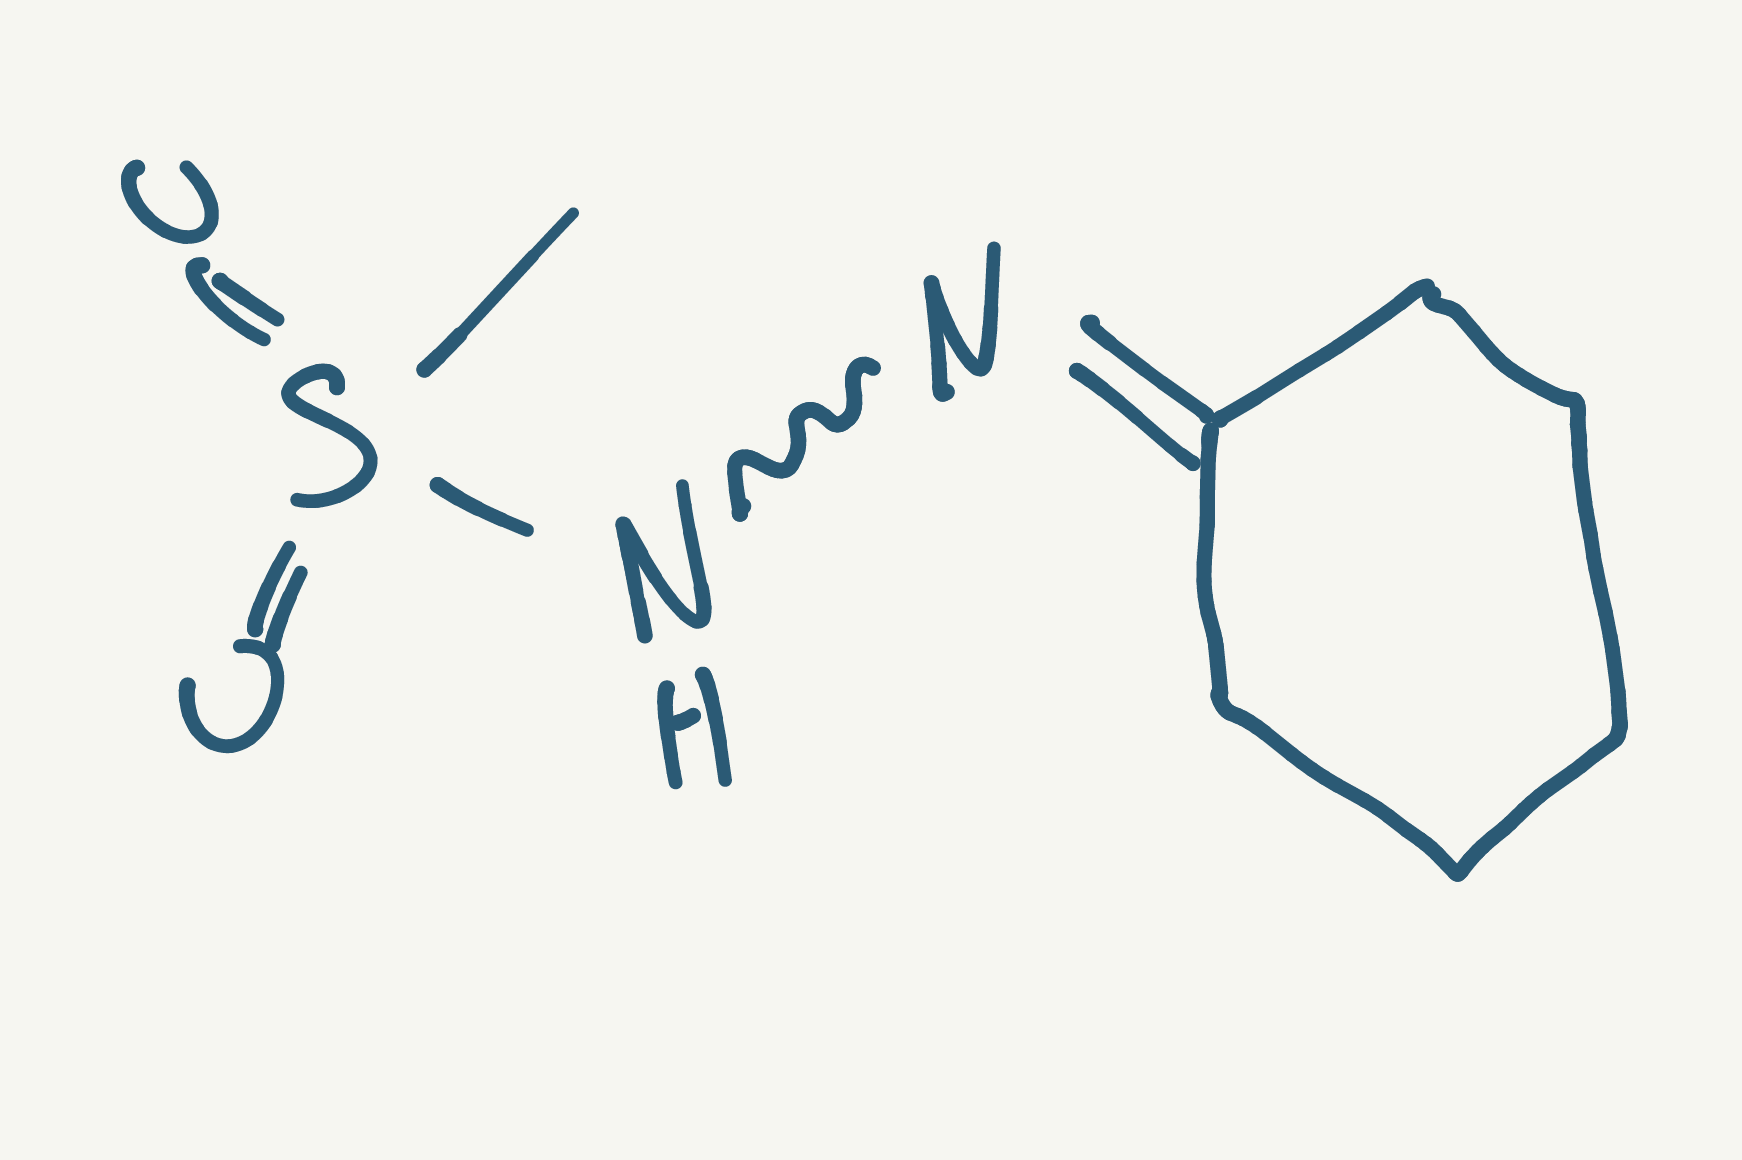
Simplified molecular-input line-entry system (SMILES) notation of the given molecule:
CS(=O)(=O)NN=C1CCCCC1